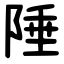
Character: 陲